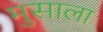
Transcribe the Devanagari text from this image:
मुसाला